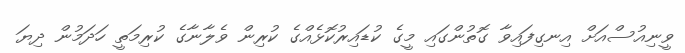
ވީނިއުސްއަށް އިނގިފައިވާ ގޮތުންގައި މީގެ ކުޑައިރުކޮޅެއްގެ ކުރިން ވެލާނާގެ ކުރިމަތީ ހަދަމުން ދިޔަ